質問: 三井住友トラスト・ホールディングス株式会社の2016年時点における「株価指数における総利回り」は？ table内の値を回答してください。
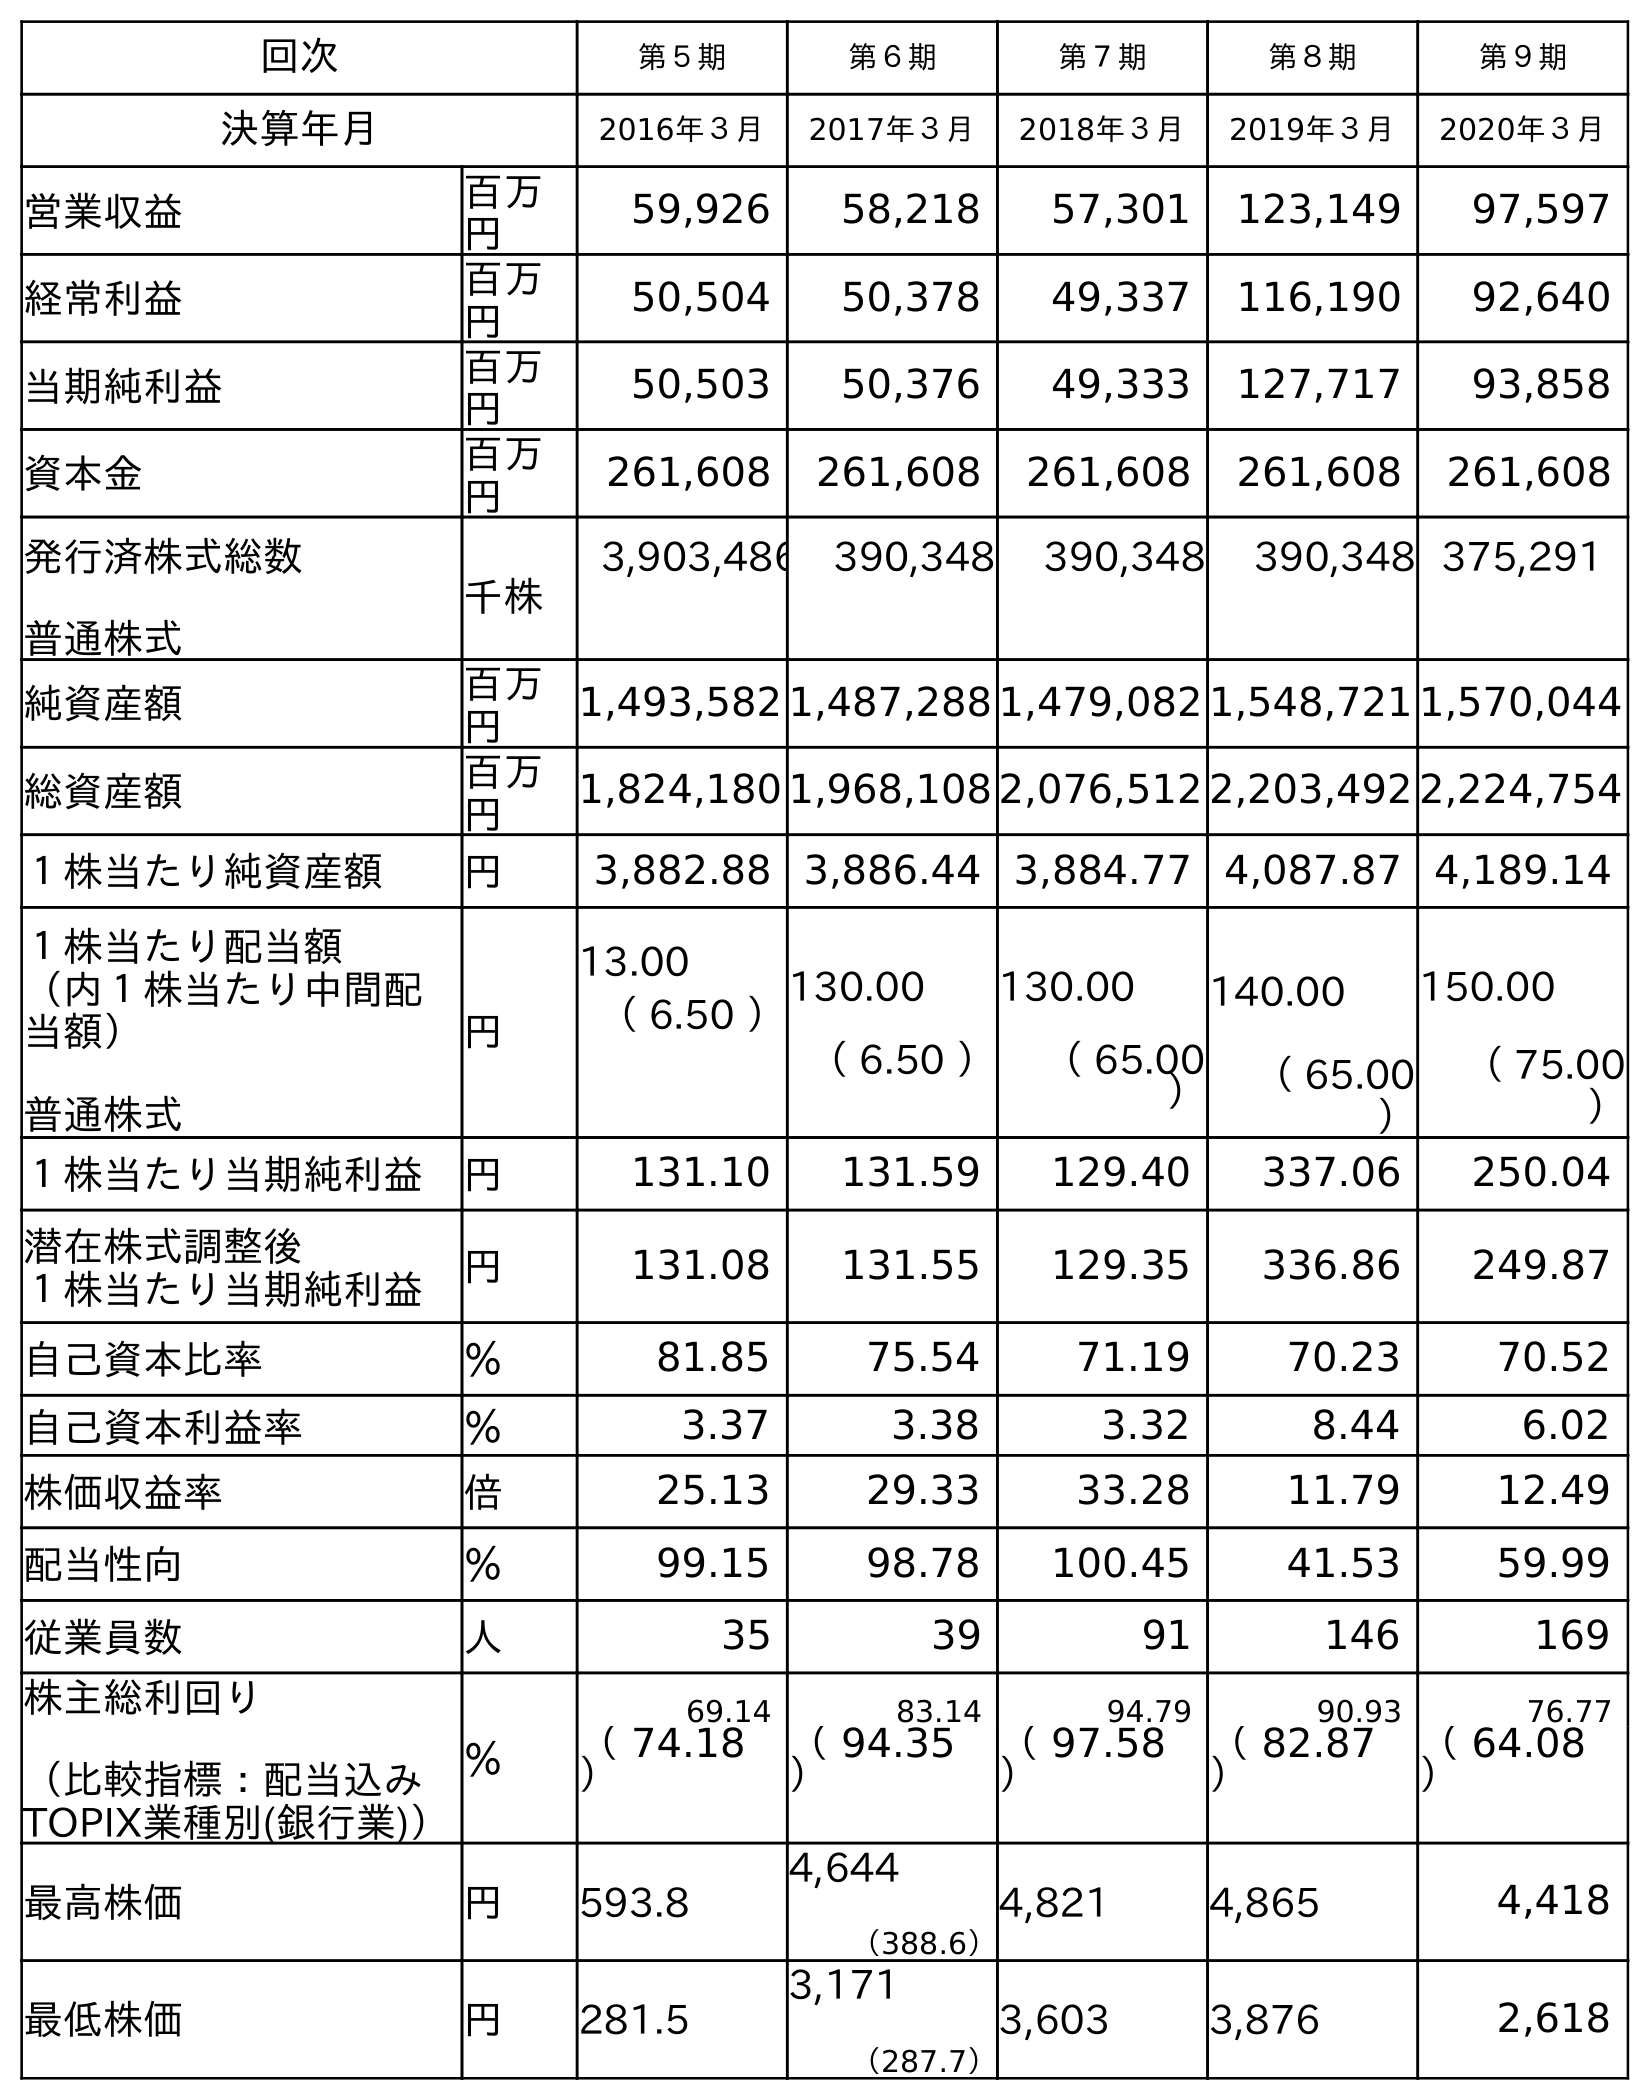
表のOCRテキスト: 回次 第５期 第６期 第７期 第８期 第９期 決算年月 2016年３月 2017年３月 2018年３月 2019年３月 2020年３月 営業収益 百万 円 59,926 58,218 57,301 123,149 97,597 経常利益 百万 円 50,504 50,378 49,337 116,190 92,640 当期純利益 百万 円 50,503 50,376 49,333 127,717 93,858 資本金 百万 円 261,608 261,608 261,608 261,608 261,608 発行済株式総数 普通株式 千株 3,903,486 390,348 390,348 390,348 375,291 純資産額 百万 円 1,493,582 1,487,288 1,479,082 1,548,721 1,570,044 総資産額 百万 円 1,824,180 1,968,108 2,076,512 2,203,492 2,224,754 １株当たり純資産額 円 3,882.88 3,886.44 3,884.77 4,087.87 4,189.14 １株当たり配当額 （内１株当たり中間配 当額） 普通株式 円 13.00 （ 6.50 ）130.00 （ 6.50 ） 130.00 （ 65.00 ） 140.00 （ 65.00 ） 150.00 （ 75.00 ） １株当たり当期純利益 円 131.10 131.59 129.40 337.06 250.04 潜在株式調整後 １株当たり当期純利益 円 131.08 131.55 129.35 336.86 249.87 自己資本比率 ％ 81.85 75.54 71.19 70.23 70.52 自己資本利益率 ％ 3.37 3.38 3.32 8.44 6.02 株価収益率 倍 25.13 29.33 33.28 11.79 12.49 配当性向 ％ 99.15 98.78 100.45 41.53 59.99 従業員数 人 35 39 91 146 169 株主総利回り （比較指標：配当込み TOPIX業種別(銀行業)） ％ 69.14 83.14 94.79 90.93 76.77 （ 74.18 ） （ 94.35 ） （ 97.58 ） （ 82.87 ） （ 64.08 ） 最高株価 円 593.8 4,644 （388.6） 4,821 4,865 4,418 最低株価 円 281.5 3,171 （287.7） 3,603 3,876 2,618
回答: （74.18）